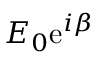
E _ { 0 } \mathrm { e } ^ { i \beta }